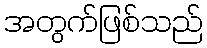
အတွက်ဖြစ်သည်